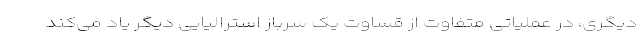
دیگری، در عملیاتی متفاوت از قساوت یک سرباز استرالیایی دیگر یاد می‌کند